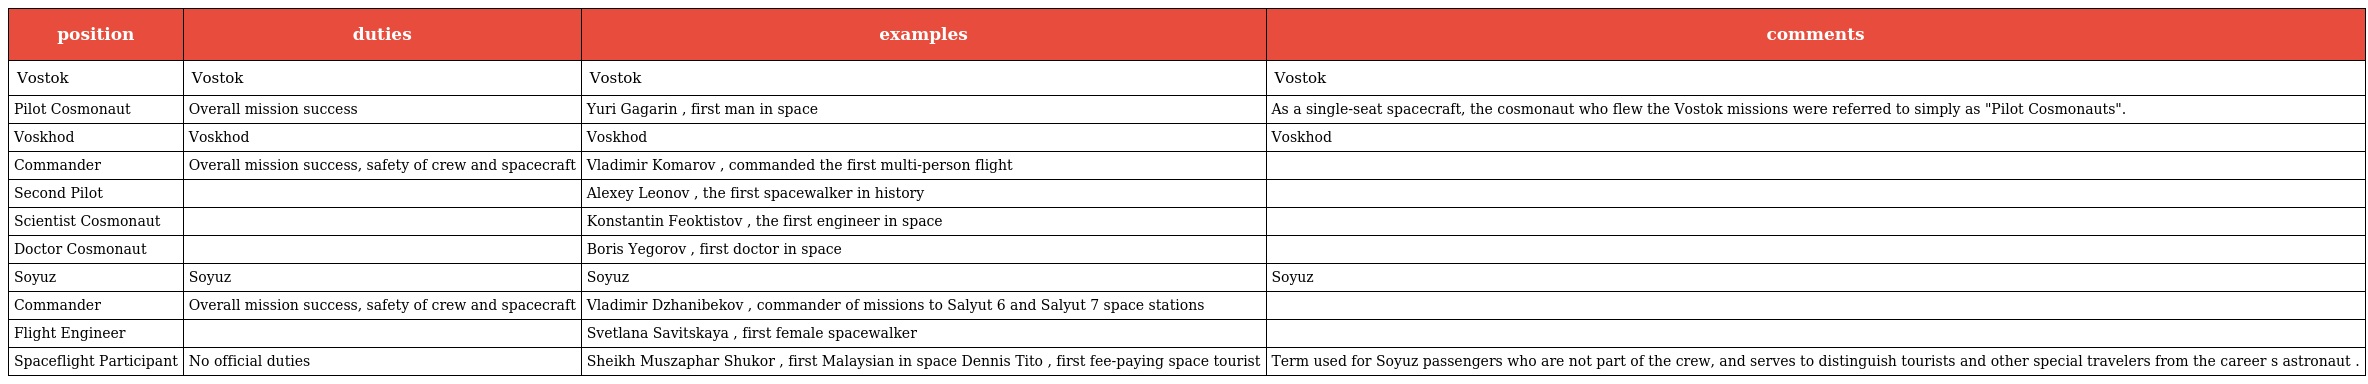
| position | duties | examples | comments |
 | --- | --- | --- | --- |
 | Vostok | Vostok | Vostok | Vostok |
 | Pilot Cosmonaut | Overall mission success | Yuri Gagarin , first man in space | As a single-seat spacecraft, the cosmonaut who flew the Vostok missions were referred to simply as "Pilot Cosmonauts". |
 | Voskhod | Voskhod | Voskhod | Voskhod |
 | Commander | Overall mission success, safety of crew and spacecraft | Vladimir Komarov , commanded the first multi-person flight |  |
 | Second Pilot |  | Alexey Leonov , the first spacewalker in history |  |
 | Scientist Cosmonaut |  | Konstantin Feoktistov , the first engineer in space |  |
 | Doctor Cosmonaut |  | Boris Yegorov , first doctor in space |  |
 | Soyuz | Soyuz | Soyuz | Soyuz |
 | Commander | Overall mission success, safety of crew and spacecraft | Vladimir Dzhanibekov , commander of missions to Salyut 6 and Salyut 7 space stations |  |
 | Flight Engineer |  | Svetlana Savitskaya , first female spacewalker |  |
 | Spaceflight Participant | No official duties | Sheikh Muszaphar Shukor , first Malaysian in space Dennis Tito , first fee-paying space tourist | Term used for Soyuz passengers who are not part of the crew, and serves to distinguish tourists and other special travelers from the career s astronaut . |